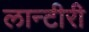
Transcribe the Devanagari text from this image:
लान्टीरी